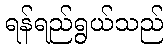
ရန်ရည်ရွယ်သည်